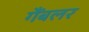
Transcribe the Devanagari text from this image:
गैंबलर